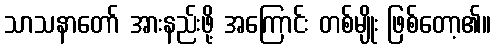
သာသနာတော် အားနည်းဖို့ အကြောင်း တစ်မျိုး ဖြစ်တော့၏။